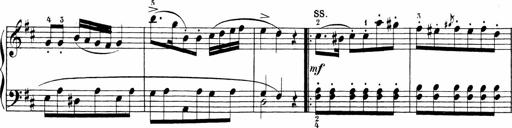
Title: 6 Sonatinas
Composer: Carl Reinecke